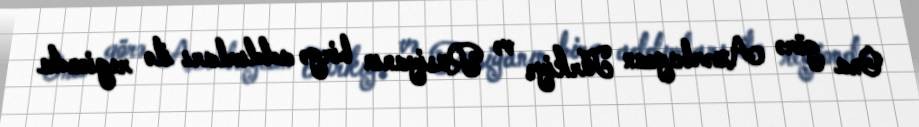
Ona görə Azərbaycan Türkiyə və Rusiyanın birgə addımları ilə regionda